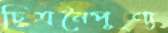
চিত্রনৈপূণ্য